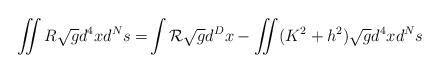
LaTeX: \begin{align*}\int\!\!\!\!\int R \sqrt{g} d^{4}x d^{N}s = \! \int {\cal R}\sqrt{g} d^{D}x -\int\!\!\!\!\int (K^{2}+ h^{2})\sqrt{g} d^{4}x d^{N}s\end{align*}